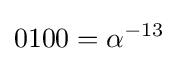
0100=\alpha ^{-13}